Indian journal of veterinary science and animal husbandry - Volume 11,
Year: 1941
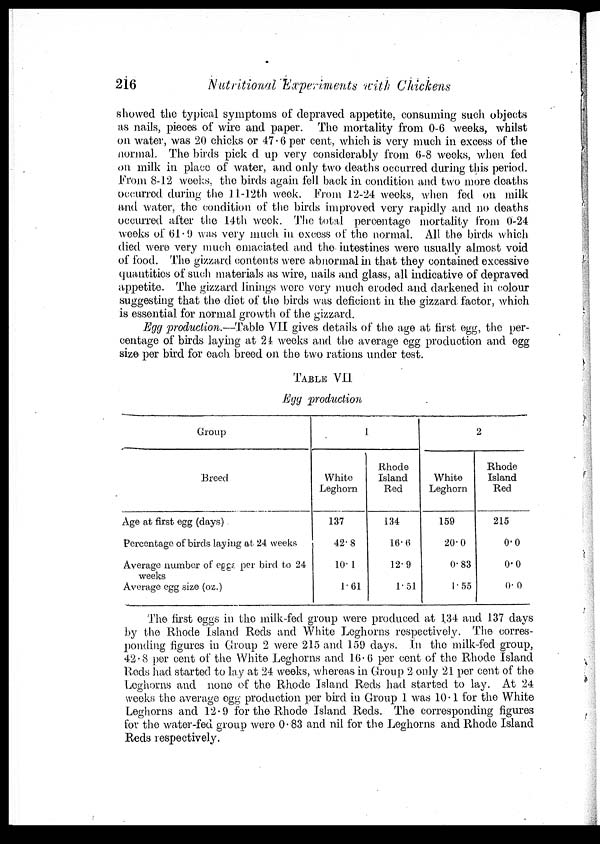
216
Nutritional Experiments with Chickens
showed the typical symptoms of depraved appetite, consuming such objects
as nails, pieces of wire and paper. The mortality from 0-6 weeks, whilst
on water, was 20 chicks or 47.6 per cent, which is very much in excess of the
normal. The birds pick d up very considerably from 6-8 weeks, when fed
on milk in place of water, and only two deaths occurred during this period.
From 8-12 weeks, the birds again fell back in condition and two more deaths
occurred during the 11-12th week. From 12-24 weeks, when fed on milk
and water, the condition of the birds improved very rapidly and no deaths
occurred after the 14th week. The total percentage mortality from 0-24
weeks of 61.9 was very much in excess of the normal. All the birds which
died were very much emaciated and the intestines were usually almost void
of food. The gizzard contents were abnormal in that they contained excessive
quantities of such materials as wire, nails and glass, all indicative of depraved
appetite. The gizzard linings were very much eroded and darkened in colour
suggesting that the diet of the birds was deficient in the gizzard factor, which
is essential for normal growth of the gizzard.
Egg production.—Table VII gives details of the age at first egg, the per-
centage of birds laying at 24 weeks and the average egg production and egg
size per bird for each breed on the two rations under test.
TABLE VII
Egg production
Group
Breed
Age at first egg (days)
Percentage of birds laying at 24 weeks
Average number of eggs per bird to 24
weeks
Average egg size (oz.)
1
White
Leghorn
137
42.8
10.1
1.61
Rhode
Island
Red
134
16.6
12.9
1.51
2
White
Leghorn
159
20.0
0.83
1.55
Rhode
Island
Red
215
0.0
0.0
0.0
The first eggs in the milk-fed group were produced at 134 and 137 days
by the Rhode Island Reds and White Leghorns respectively. The corres-
ponding figures in Group 2 were 215 and 159 days. In the milk-fed group,
42.8 per cent of the White Leghorns and 16.6 per cent of the Rhode Island
Reds had started to lay at 24 weeks, whereas in Group 2 only 21 per cent of the
Leghorns and none of the Rhode Island Reds had started to lay. At 24
weeks the average egg production per bird in Group 1 was 10.1 for the White
Leghorns and 12.9 for the Rhode Island Reds. The corresponding figures
for the water-fed group were 0.83 and nil for the Leghorns and Rhode Island
Reds respectively.